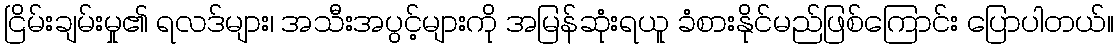
ငြိမ်းချမ်းမှု၏ ရလဒ်များ၊ အသီးအပွင့်များကို အမြန်ဆုံးရယူ ခံစားနိုင်မည်ဖြစ်ကြောင်း ပြောပါတယ်။